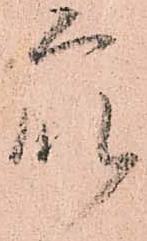
衆